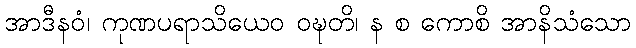
အာဒီနဝံ၊ ကုဏပရာသိယေဝ ဝဍ္ဎတိ၊ န စ ကောစိ အာနိသံသော